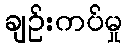
ချဉ်းကပ်မှု